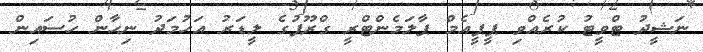
ނަޝީދު ޓްވީޓު ކުރެއްވި ޕީޕީއެމް ޕާލަމެންޓްރީ ގްރޫޕުގެ ލީޑަރު އަހުމަދު ނިހާން ހުސައިން